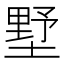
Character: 墅